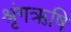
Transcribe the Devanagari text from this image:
श्रृंगऋषि